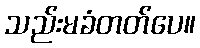
သည်းမခံတတ်ပေ။